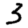
Digit: 3